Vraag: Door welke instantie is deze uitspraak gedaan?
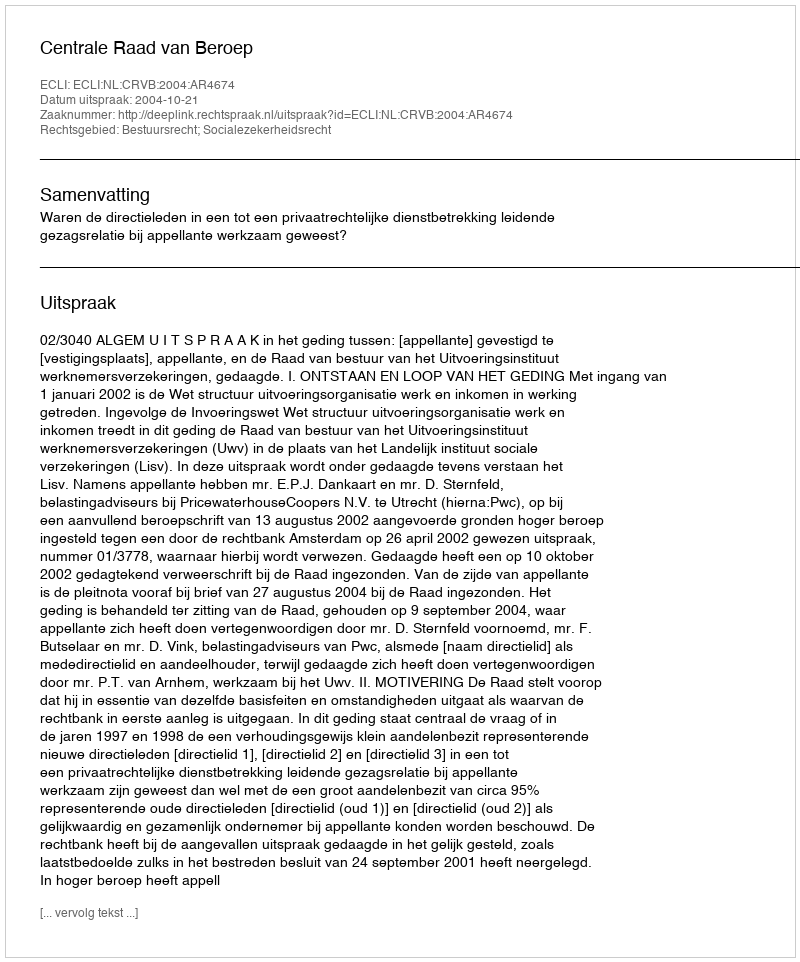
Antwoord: Centrale Raad van Beroep